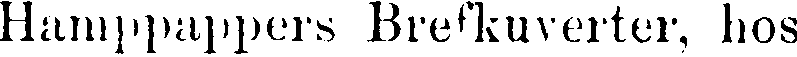
Hamppappers Brefkuverter, hos